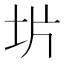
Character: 𫭡